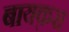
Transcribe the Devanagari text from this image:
बायक़रा